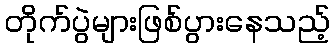
တိုက်ပွဲများဖြစ်ပွားနေသည့်